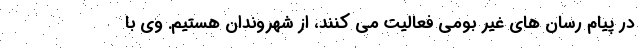
در پیام رسان های غیر بومی فعالیت می کنند، از شهروندان هستیم. وی با